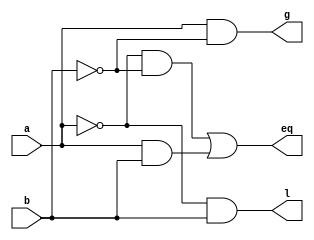
module one_bit_comp(a,b,g,eq,l);

	input a,b;
	output g,eq,l;
	assign g=(a&~b);
	assign l=(~a&b);
	assign eq=(~a&~b)|(a&b);
	
endmodule